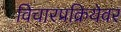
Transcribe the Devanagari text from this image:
विचारप्रक्रियेवर